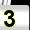
Digit: 3